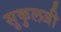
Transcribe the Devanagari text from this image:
सुकुलजी